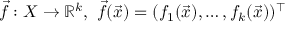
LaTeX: { \vec { f } } : X \to \mathbb { R } ^ { k } , \ { \vec { f } } ( { \vec { x } } ) = ( f _ { 1 } ( { \vec { x } } ) , \ldots , f _ { k } ( { \vec { x } } ) ) ^ { \intercal }